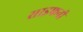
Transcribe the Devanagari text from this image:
साइफनी